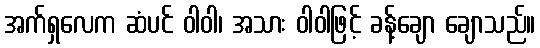
အက်ရှလေက ဆံပင် ဝါဝါ၊ အသား ဝါဝါဖြင့် ခန့်ချော ချောသည်။